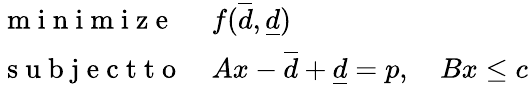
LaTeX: \begin{array}{ll}{\mathrm{~m~i~n~i~m~i~z~e~}}&{f(\overline{d},\underline{d})}\\ {\mathrm{~s~u~b~j~e~c~t~t~o~}}&{Ax-\overline{d}+\underline{d}=p,\quad Bx\leq c}\end{array}